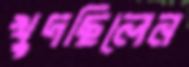
খুদছিলেন